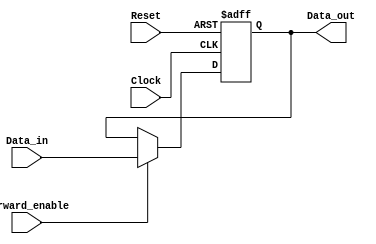
module ForwardingRegister (
    input wire [31:0] Data_in,      // Input data to store (32 bits)
    input wire Forward_enable,       // Control signal to enable forwarding
    input wire Clock,                // Clock signal
    input wire Reset,                // Asynchronous reset signal
    output reg [31:0] Data_out       // Output of the register (32 bits)
);

// Asynchronous reset
always @(posedge Clock or posedge Reset) begin
    if (Reset) begin
        Data_out <= 32'b0; // Clear output on reset to zero
    end else if (Forward_enable) begin
        Data_out <= Data_in; // Forward the input data
    end // else: retain previous value
end

endmodule